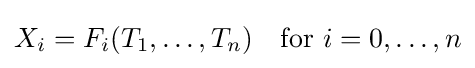
X_{i}=F_{i}(T_{1},\ldots ,T_{n})\quad {\text{for }}i=0,\ldots ,n